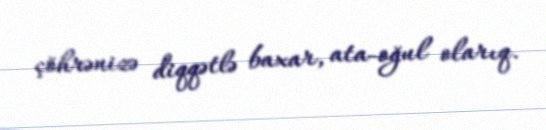
çöhrənizə diqqətlə baxar, ata-oğul olarıq.